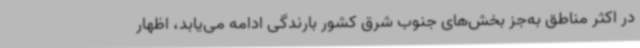
در اکثر مناطق به‌جز بخش‌های جنوب شرق کشور بارندگی ادامه می‌یابد، اظهار